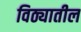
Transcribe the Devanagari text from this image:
विठ्यातील